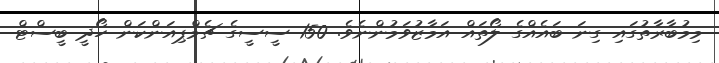
މިމުބާރާތުގައި ގިނަ ބައެއްގެ ލޯތައް އަމާޒުވަމުންނެވެ. 150 ސީސީގެ ޗެމްޕިއަންކަން ހޯދީ ބީސްޓް